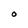
Character: O